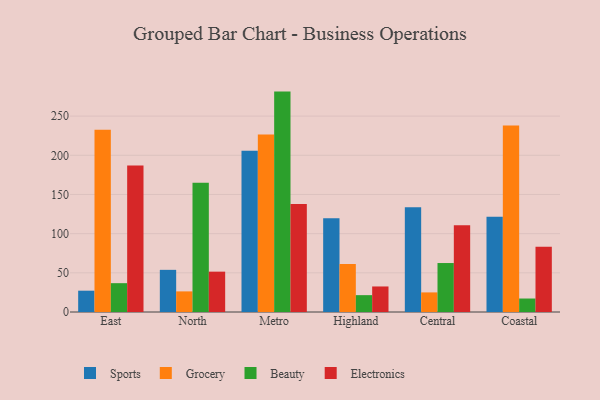
{"axis": {"x": "Region", "y": "Website Visitors"}, "legend": ["Beauty", "Electronics", "Grocery", "Sports"], "data": [{"x": "East", "y": 27.2, "type": "Sports"}, {"x": "East", "y": 232.7, "type": "Grocery"}, {"x": "East", "y": 36.8, "type": "Beauty"}, {"x": "East", "y": 187.0, "type": "Electronics"}, {"x": "North", "y": 53.8, "type": "Sports"}, {"x": "North", "y": 26.3, "type": "Grocery"}, {"x": "North", "y": 165.0, "type": "Beauty"}, {"x": "North", "y": 51.5, "type": "Electronics"}, {"x": "Metro", "y": 205.8, "type": "Sports"}, {"x": "Metro", "y": 226.6, "type": "Grocery"}, {"x": "Metro", "y": 281.3, "type": "Beauty"}, {"x": "Metro", "y": 137.8, "type": "Electronics"}, {"x": "Highland", "y": 119.6, "type": "Sports"}, {"x": "Highland", "y": 61.3, "type": "Grocery"}, {"x": "Highland", "y": 21.5, "type": "Beauty"}, {"x": "Highland", "y": 32.6, "type": "Electronics"}, {"x": "Central", "y": 133.8, "type": "Sports"}, {"x": "Central", "y": 25.0, "type": "Grocery"}, {"x": "Central", "y": 62.5, "type": "Beauty"}, {"x": "Central", "y": 110.7, "type": "Electronics"}, {"x": "Coastal", "y": 121.5, "type": "Sports"}, {"x": "Coastal", "y": 237.9, "type": "Grocery"}, {"x": "Coastal", "y": 17.2, "type": "Beauty"}, {"x": "Coastal", "y": 83.3, "type": "Electronics"}]}